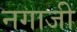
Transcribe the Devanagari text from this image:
नगाजी